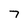
Character: 7